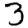
Digit: 3